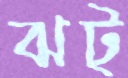
ঝট্‌